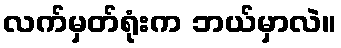
လက်မှတ်ရုံးက ဘယ်မှာလဲ။